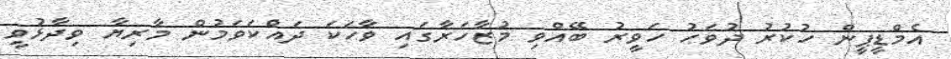
އެމްޑީޕީން ހުކުރު ދުވަހު ހަވީރު ބޭއްވި މުޒާހަރާގައި ވާހަކަ ދައްކަވަމުން މާރިޔާ ވިދާޅުވީ